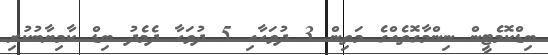
ބިޑްކޮމެޓީން ނިންމާގޮތެއްގެ މަތިން 3 ދުވަހާއި 5 ދުވަހާ ދެމެދު ބިޑް ކާމިޔާބުކުރި